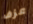
عزف